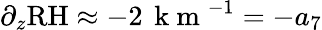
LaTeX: \partial_{z}\mathrm{RH}\approx-2\, \mathrm{~k~m~}^{-1}=-a_{7}